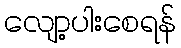
လျော့ပါးစေရန်